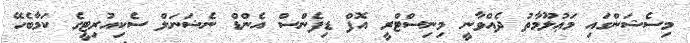
މިސެޝަންގައި މަޢުލޫމާތު ދެއްވާނީ މިނިސްޓްރީ އޮފް ޑިފެންސް އެންޑް ނެޝަނަލް ސެކިއުރިޓީގެ ކަމާބެހޭ